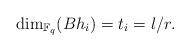
LaTeX: \begin{align*}\dim_{\mathbb{F}_q}(Bh_i)=t_i=l/r.\end{align*}